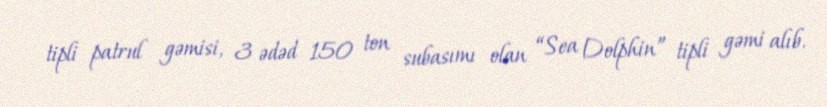
tipli patrul gəmisi, 3 ədəd 150 ton subasımı olan “Sea Dolphin” tipli gəmi alıb.